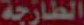
الطازجة